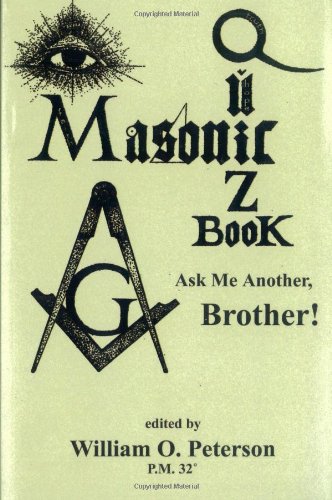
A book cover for Masonic Quiz Book; Humor & Entertainment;